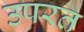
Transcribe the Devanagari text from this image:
उपरत